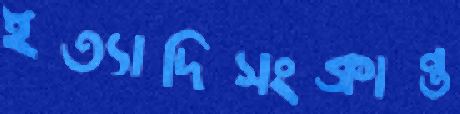
ইত্যাদিসংক্রান্ত